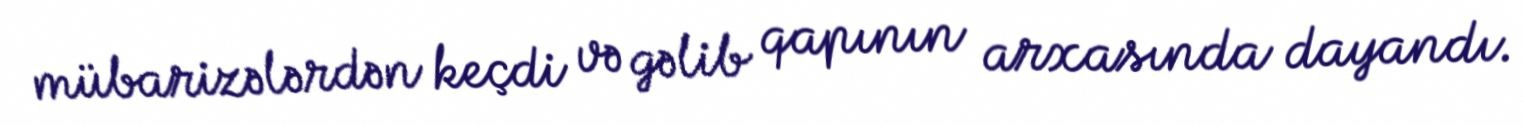
mübarizələrdən keçdi və gəlib qapının arxasında dayandı.